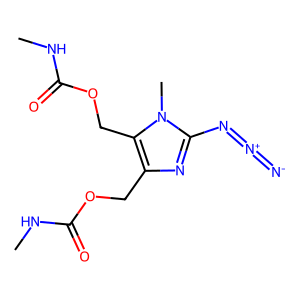
SMILES: CNC(=O)OCc1nc(N=[N+]=[N-])n(C)c1COC(=O)NC
Inhibits HIV replication: No